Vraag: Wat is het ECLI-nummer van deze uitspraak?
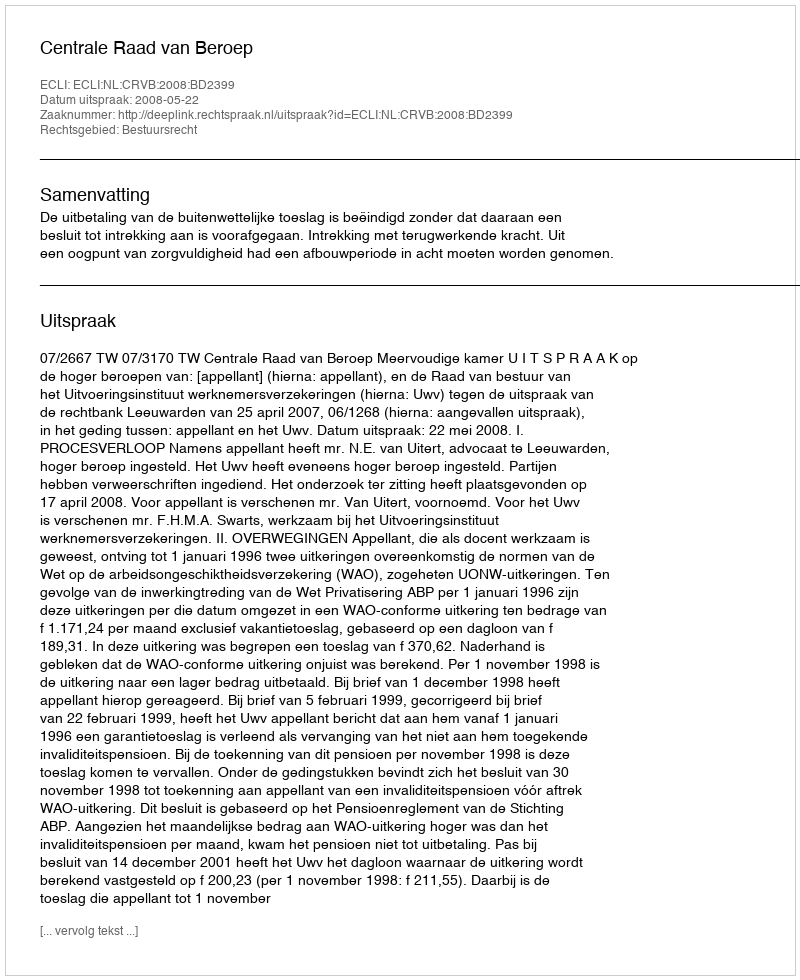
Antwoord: ECLI:NL:CRVB:2008:BD2399